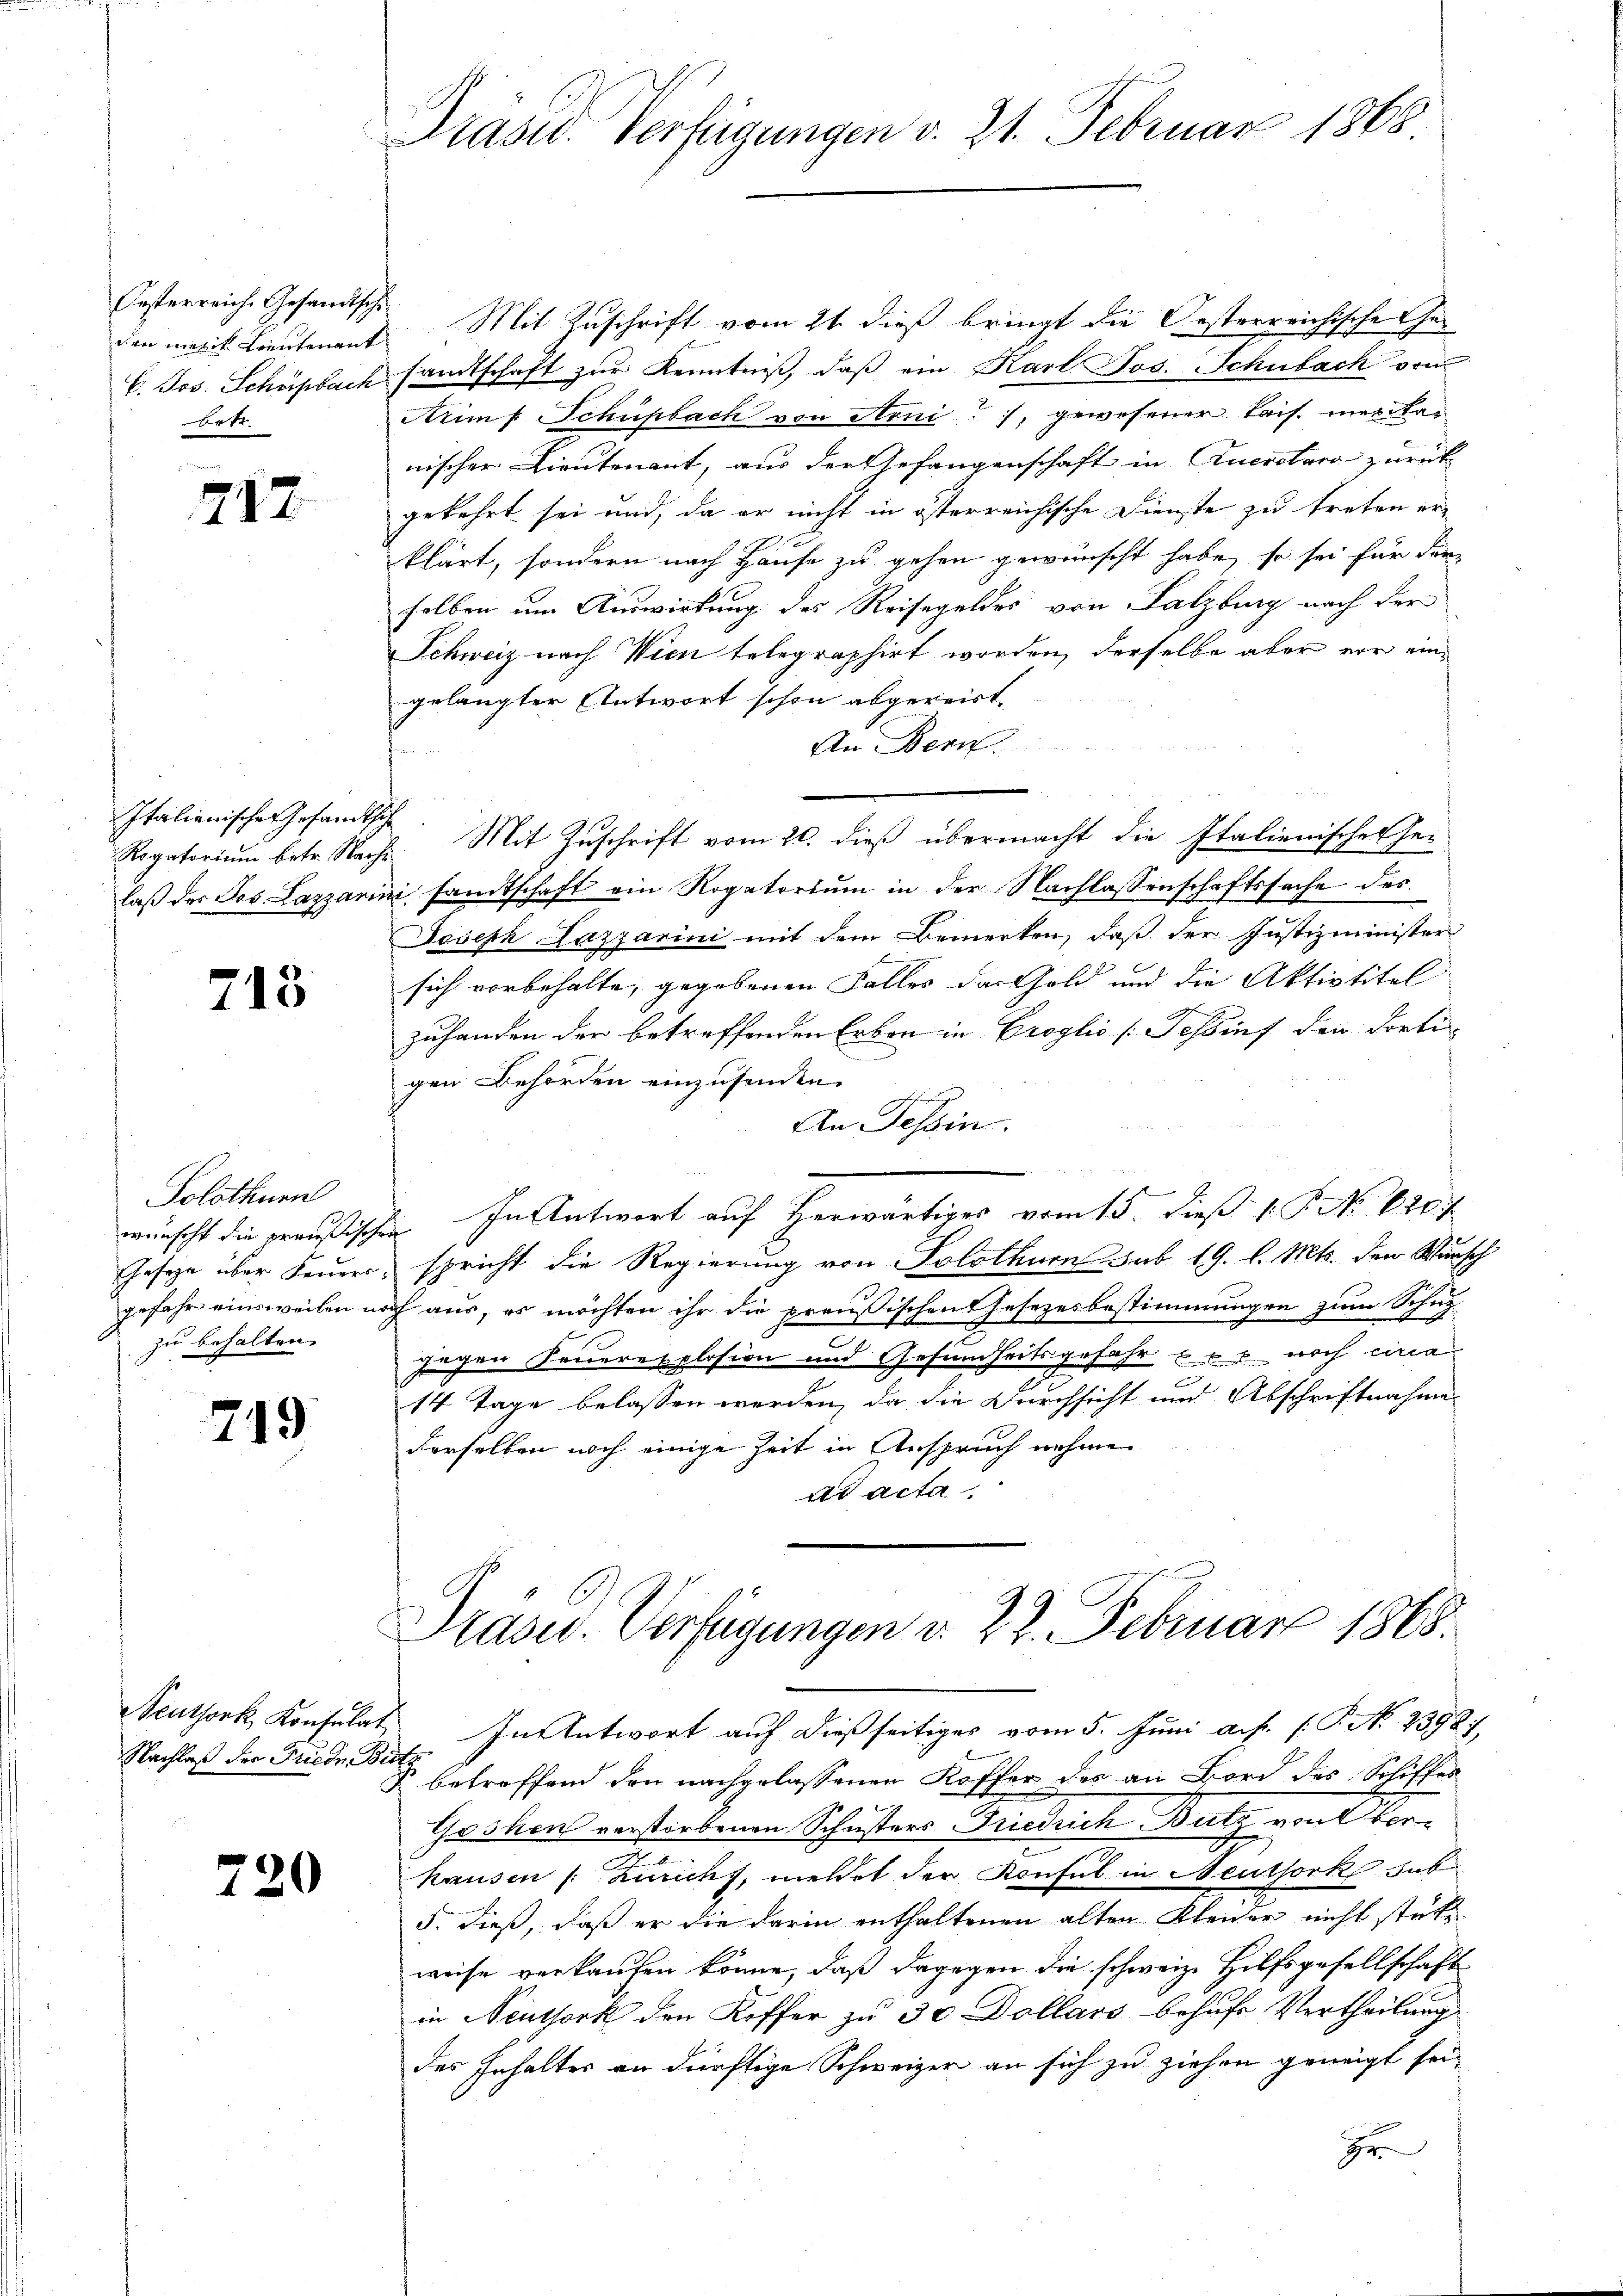
Oesterreiche Gesandtsch
betr.

717.

Italienischen Gesandtsch

718

Solothurn
gefahr einsweilen u.
zu behalten.

749

Nachlaß der Friedr. Be

730

Präsid. Verfügungen v. 21. Februar 1868

den matik Lieutenant Mit Zuschrift vom 21. dieß bringt die Oesterreichische Ge¬
C. Jos. Schüpbach sandtschaft zur Kenntniß, daß ein Karl Jos. Schubach vom
Arim f. Schüpbach von Arni, gewesener Tais. mexitar
nischer Lieutenant, aus der Gefangenschaft in Querstare zurück
gekehrt sei und, da er nicht in österreichische Dienste zu treten er
klärt, sondern nach Hause zu gehen gewünscht habe, so sei für die
selben um Auswirkung des Reisegeldes von Salzburg nach der
Schweiz nach Wien telegraphirt worden, derselbe aber vor eingelangter Antwort schon abgereist,
An Bern.
Rogatoriŭm betr. Nacht. Mit Zuschrift vom 20. dieß übermacht die Italienisches Gelaß der Jos. Lazarini sandtschaft ein Rogatortum in der Nachlassenschaftssache des
Joseph Lazarini mit dem Bemerken, daß der Justizminister
sich vorbehalte, gegebenen Falles das Geld und die Aktivtitel
zuhanden der betreffenden Erben in Croglio (Schlief den dretigen Behörden einzusenden.
An Tessin.
wünscht die preußischen In Antwort auf herwärtiges vom 15. dieß P. N. 120.
Gesetze über Feuer, spricht die Regierung von Solothurn sub 19. l. Mts. den Wunsch
noch aus, es möchten ihr die preußischen Gesezesbestimmungen zum Schutz
d
zigen Feuerexplosion und Gesundheitsgefahr u. noch eina
14 Tage belassen werden, da die Durchsicht und Abschriftnahme
derselben noch einige Zeit in Anspruch nehme
ad acta.

Präsid. Verfügungen d. 22. Februar 1868.

Neuthork, Konsulat In Antwort auf dießseitiges vom 5. Juni a. f. 1. P. N. 23927,
R. betreffend den nachgelassenen Koffer des an Bord des Schiffes
Goshen verstorbenen Schusters Friedrich Bulz von Vorhausen (: Zuricht, meldet der Konsul in Neuthork hab
5. dieß, daß er die darin enthaltenen alten Kleider nicht stetweise verkaufen könne, daß dagegen die schweiz. Hilfsgesellschaft
in Neuthork den Koffer zu 30 Dollars behufe Vertheilung
des Inhaltes an dürftige Schweizer an sich zu ziehen geneigt sei,
r